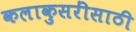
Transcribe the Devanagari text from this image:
कलाकुसरींसाठी